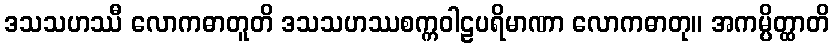
ဒသသဟဿီ လောကဓာတူတိ ဒသသဟဿစက္ကဝါဠပရိမာဏာ လောကဓာတု။ အကမ္ပိတ္ထာတိ